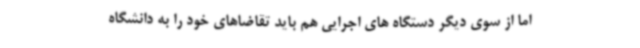
اما از سوی دیگر دستگاه های اجرایی هم باید تقاضاهای خود را به دانشگاه